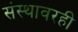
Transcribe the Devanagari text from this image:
संस्थावरही